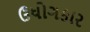
ઉધોગકાર